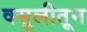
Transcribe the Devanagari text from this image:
वसुलीतून